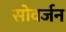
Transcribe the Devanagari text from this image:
सोवर्जन